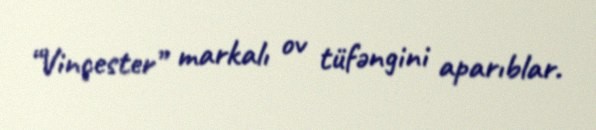
“Vinçester” markalı ov tüfəngini aparıblar.